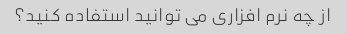
از چه نرم افزاری می توانید استفاده کنید؟